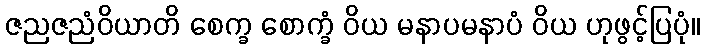
ဇညဇညံဝိယာတိ စေက္ခ စောက္ခံ ဝိယ မနာပမနာပံ ဝိယ ဟုဖွင့်ပြပုံ။